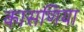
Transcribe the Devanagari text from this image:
कासणिया